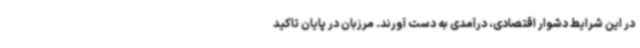
در این شرایط دشوار اقتصادی، درآمدی به دست آورند. مرزبان در پایان تاکید